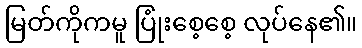
မြတ်ကိုကမူ ပြုံးစေ့စေ့ လုပ်နေ၏။